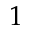
1